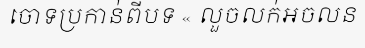
ចោទប្រកាន់ពីបទ « លួចលក់អចលន